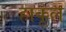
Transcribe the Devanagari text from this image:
हाकूल